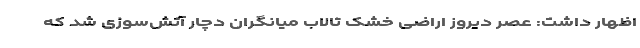
اظهار داشت: عصر دیروز اراضی خشک تالاب میانگران دچار آتش‌سوزی شد که